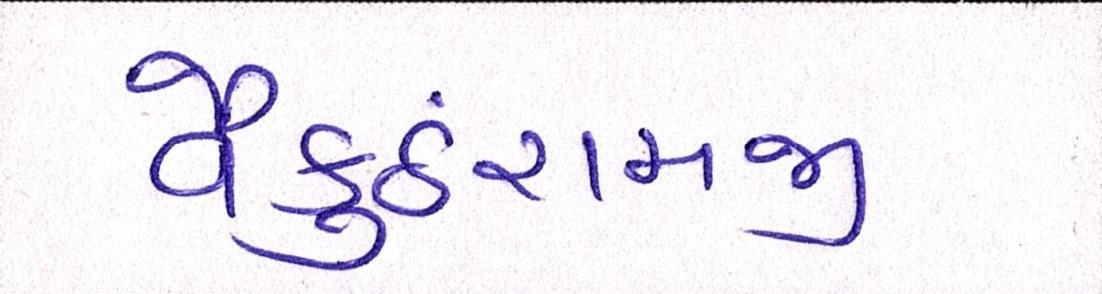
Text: વૈકુંઠરામજી